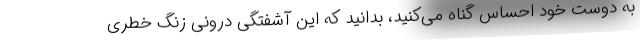
به دوست خود احساس گناه می‌کنید، بدانید که این آشفتگی درونی زنگ خطری